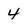
Character: 4